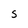
Character: S